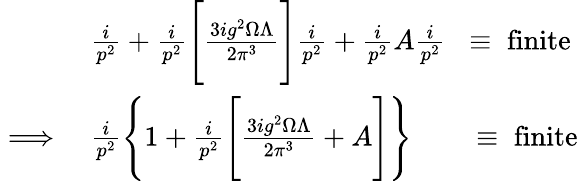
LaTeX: \begin{array}{rl}&{\frac{i}{p^{2}}+\frac{i}{p^{2}}\Bigg[\frac{3ig^{2}\Omega\Lambda}{2\pi^{3}}\Bigg]\frac{i}{p^{2}}+\frac{i}{p^{2}}A\frac{i}{p^{2}}\; \; \equiv\; \mathrm{finite}}\\ {\implies}&{\frac{i}{p^{2}}\Bigg\{ 1+\frac{i}{p^{2}}\Bigg[\frac{3ig^{2}\Omega\Lambda}{2\pi^{3}}+A\Bigg]\Bigg\} \qquad\equiv\; \mathrm{finite}}\end{array}